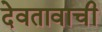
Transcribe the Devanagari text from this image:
देवतावाची